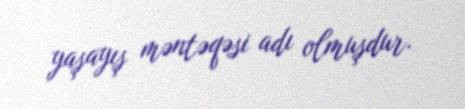
yaşayış məntəqəsi adı olmuşdur.